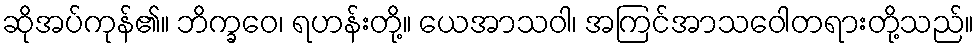
ဆိုအပ်ကုန်၏။ ဘိက္ခဝေ၊ ရဟန်းတို့။ ယေအာသဝါ၊ အကြင်အာသဝေါတရားတို့သည်။